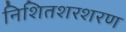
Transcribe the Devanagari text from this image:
निशितशरशरण